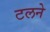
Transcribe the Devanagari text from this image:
टलने